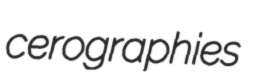
cerographies